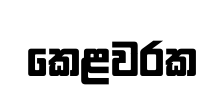
කෙළවරක